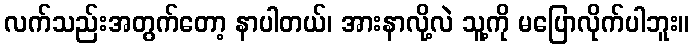
လက်သည်းအတွက်တော့ နာပါတယ်၊ အားနာလို့လဲ သူ့ကို မပြောလိုက်ပါဘူး။